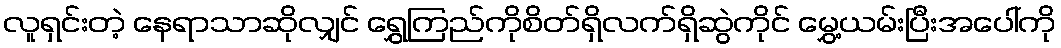
လူရှင်းတဲ့ နေရာသာဆိုလျှင် ရွှေကြည်ကိုစိတ်ရှိလက်ရှိဆွဲကိုင် မွှေ့ယမ်းပြီးအပေါ်ကို